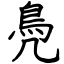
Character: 鳧